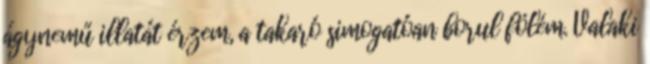
ágynemű illatát érzem, a takaró simogatóan borul fölém. Valaki